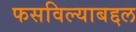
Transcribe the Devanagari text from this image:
फसविल्याबद्दल